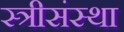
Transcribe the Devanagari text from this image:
स्त्रीसंस्था